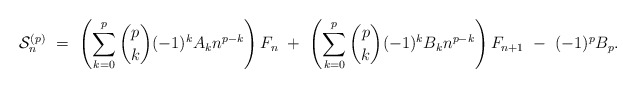
\begin{align*}\mathcal{S}_n^{(p)} \ = \ \left(\sum_{k=0}^p \binom{p}{k} (-1)^k A_k n^{p-k}\right) F_n\ + \ \left(\sum_{k=0}^p \binom{p}{k} (-1)^k B_k n^{p-k}\right) F_{n+1} \ - \ (-1)^p B_p.\end{align*}